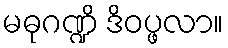
မဓုဂဏ္ဍိ ဒိဝပ္ဖလာ။